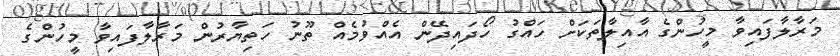
މަރާލާފައިވާ މީހުންގެ އާއިލާތަކަށް ހައްގު ހޯދައިދޭން އެއްވުމެއް ތޫނު ހަތިޔާރުން މަރާލާފައިވާ މީހުންގެ